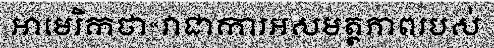
អាមេរិកថា«វាជាការអសមត្ថភាពរបស់